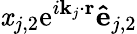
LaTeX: \mathit{x}_{j,2}\textrm{{e}}^{i\mathbf{{k}}_{j}\cdot\mathbf{{r}}}\mathbf{{\hat{{e}}}}_{j,2}